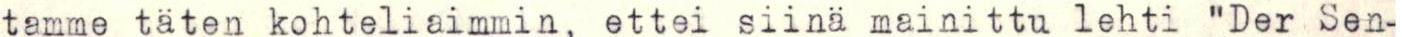
tamme täten kohteliaimmin, ettei siinä mainittu lehti "Der Sen-